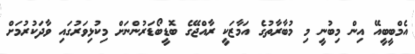
އެމްބީބީއޭ އިން މިބުނީ މި މުބާރާތުގެ އަމާޒަކީ ރާއްޖޭގެ ބޮޑީބޯޑަރުންނަށް މިކުޅިވަރުގައި ވާދަކުރުމަށް